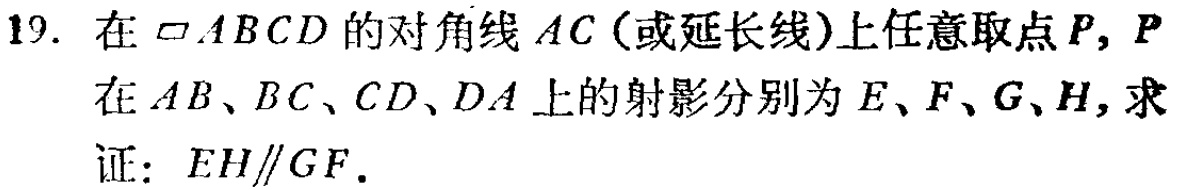
19. 在$\square ABCD$的对角线$AC$（或延长线）上任意取点$P$，$P$在$AB$、$BC$、$CD$、$DA$上的射影分别为$E$、$F$、$G$、$H$，求证：$EH\parallel GF$。